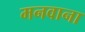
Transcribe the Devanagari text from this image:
मनवाना